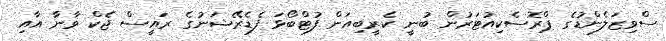
ސްވިޒަލެންޑުގެ ޕްރޮސެކިއުޓަރުން ބުނީ ކެރީބިއަން ފުޓްބޯޅަ ފެޑެރޭޝަނުގެ ރައީސް ޖެކް ވާނާ އާއި